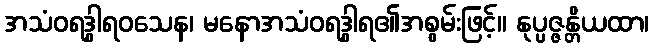
အသံဝရဒွါရဝသေန၊ မနောအသံဝရဒွါရ၏အစွမ်းဖြင့်။ နုပ္ပဇ္ဇန္တိယထာ၊